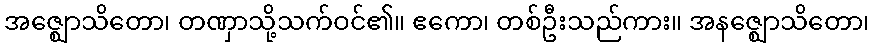
အဇ္ဈောသိတော၊ တဏှာသို့သက်ဝင်၏။ ဧကော၊ တစ်ဦးသည်ကား။ အနဇ္ဈောသိတော၊